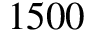
1 5 0 0